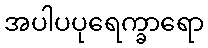
အပါပပုရေက္ခာရော